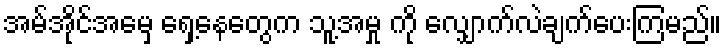
အမ်အိုင်အေမှ ရှေ့နေတွေက သူ့အမှု ကို လျှောက်လဲချက်ပေးကြမည်။